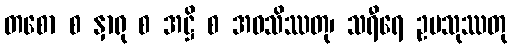
တစော စ နှာရု စ အဋ္ဌိ စ အဝသိဿတု၊ သရီရေ ဥပသုဿတု